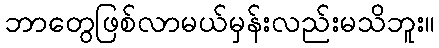
ဘာတွေဖြစ်လာမယ်မှန်းလည်းမသိဘူး။